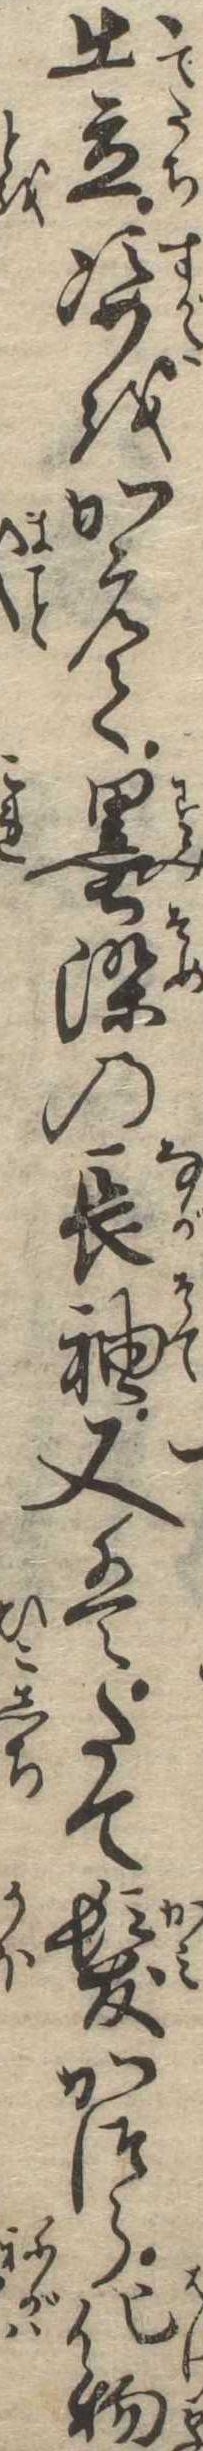
出立姿をかえて墨染の長袖又はたて髪かつら化物